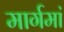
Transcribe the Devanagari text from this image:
मार्गमां